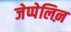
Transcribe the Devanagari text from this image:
जेप्पेलिऩ